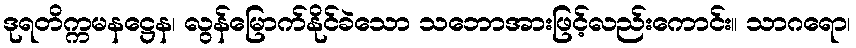
ဒုရတိက္ကမနဋ္ဌေန၊ လွန်မြောက်နိုင်ခဲသော သဘောအားဖြင့်လည်းကောင်း။ သာဂရော၊